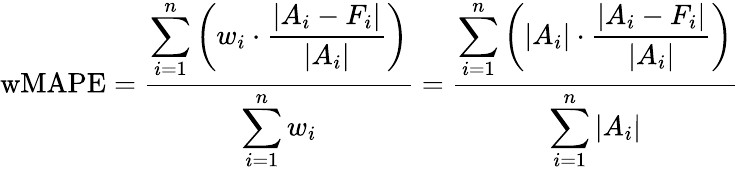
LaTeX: {\mathrm{wMAPE}}={\frac{\displaystyle\sum_{i=1}^{n}\left(w_{i}\cdot{\frac{\left|A_{i}-F_{i}\right|}{|A_{i}|}}\right)}{\displaystyle\sum_{i=1}^{n}w_{i}}}={\frac{\displaystyle\sum_{i=1}^{n}\left(|A_{i}|\cdot{\frac{\left|A_{i}-F_{i}\right|}{|A_{i}|}}\right)}{\displaystyle\sum_{i=1}^{n}\left|A_{i}\right|}}